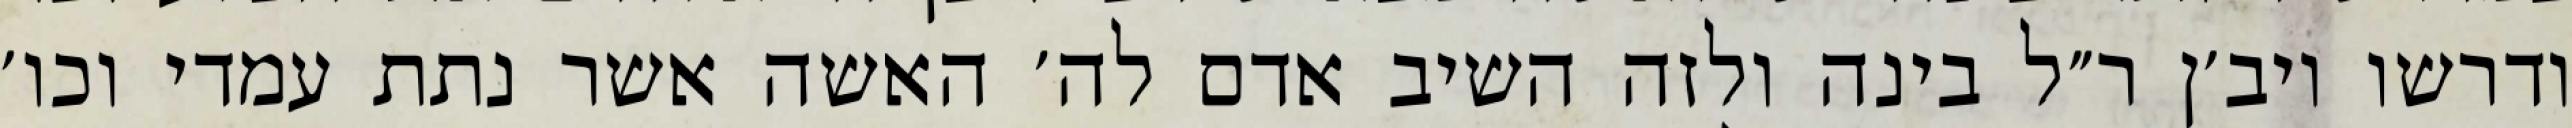
ודרשו ויב׳ן ר״ל בינה ולזה השיב אדם לה׳ האשה אשר נתת עמדי וכו׳